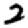
Digit: 2